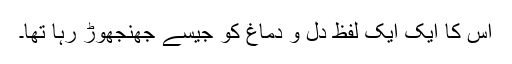
اس کا ایک ایک لفظ دل و دماغ کو جیسے جھنجھوڑ رہا تھا۔